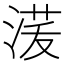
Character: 𰜑